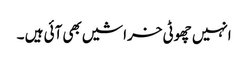
انہیں چھوٹی خراشیں بھی آئی ہیں ۔